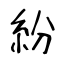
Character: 紛